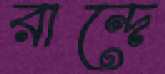
রান্দে